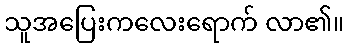
သူအပြေးကလေးရောက် လာ၏။